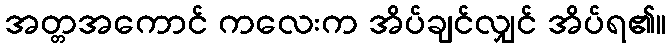
အတ္တအကောင် ကလေးက အိပ်ချင်လျှင် အိပ်ရ၏။